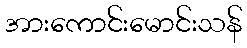
အားကောင်းမောင်းသန်